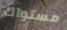
مستواك